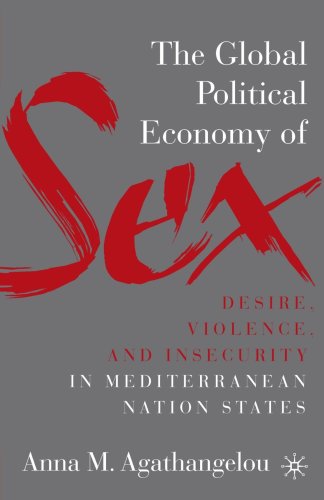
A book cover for The Global Political Economy of Sex: Desire, Violence, and Insecurity in Mediterranean Nation States; Anna M. Agathangelou; Business & Money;